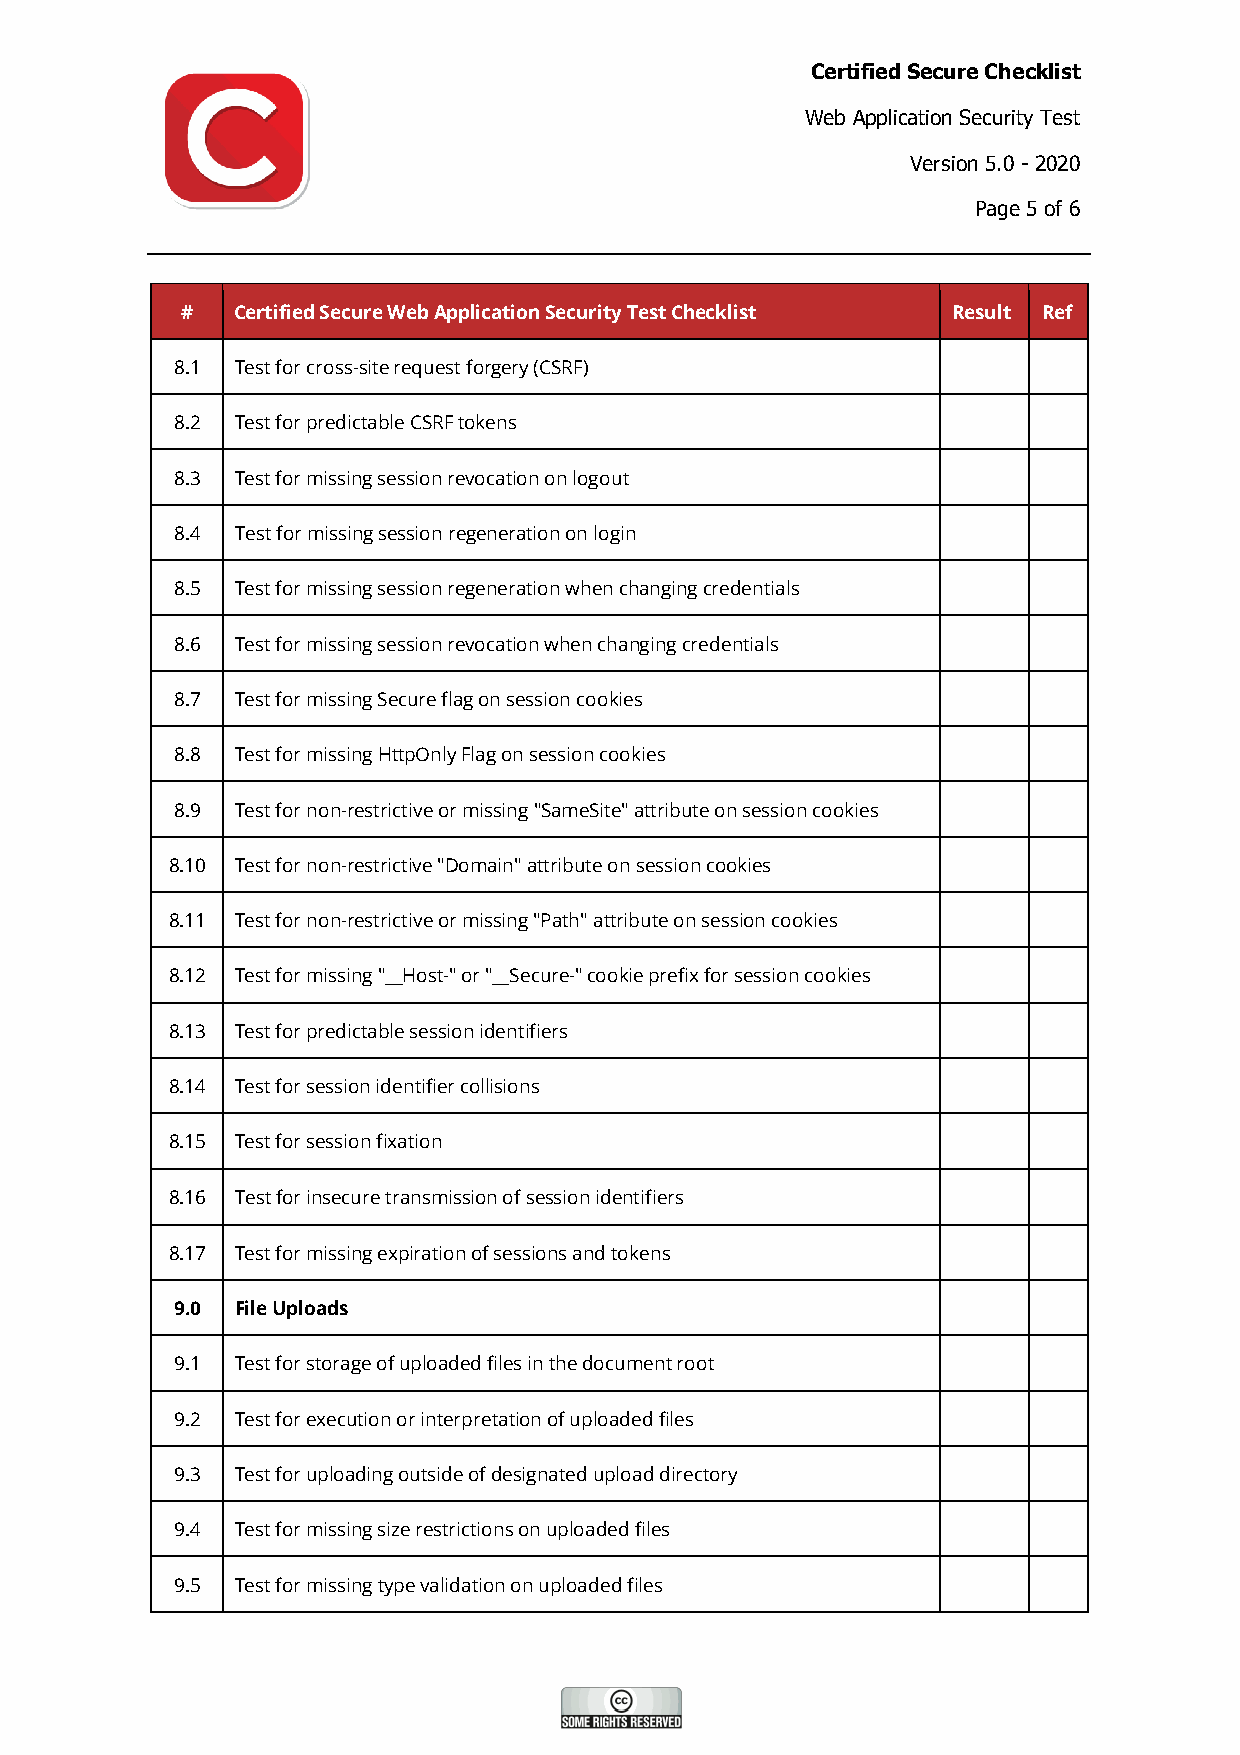
Certified Secure Checklist
 Web Application Security Test
 Version 5.0 - 2020
 Page 5 of 6
 #  Certified Secure Web Application Security Test Checklist Result Ref
 8.1 Test for cross-site request forgery (CSRF)
 8.2 Test for predictable CSRF tokens
 8.3 Test for missing session revocation on logout
 8.4 Test for missing session regeneration on login
 8.5 Test for missing session regeneration when changing credentials
 8.6 Test for missing session revocation when changing credentials
 8.7 Test for missing Secure flag on session cookies
 8.8 Test for missing HttpOnly Flag on session cookies
 8.9 Test for non-restrictive or missing "SameSite" attribute on session cookies
 8.10 Test for non-restrictive "Domain" attribute on session cookies
 8.11 Test for non-restrictive or missing "Path" attribute on session cookies
 8.12 Test for missing "__Host-" or "__Secure-" cookie prefix for session cookies
 8.13 Test for predictable session identifiers
 8.14 Test for session identifier collisions
 8.15 Test for session fixation
 8.16 Test for insecure transmission of session identifiers
 8.17 Test for missing expiration of sessions and tokens
 9.0 File Uploads
 9.1 Test for storage of uploaded files in the document root
 9.2 Test for execution or interpretation of uploaded files
 9.3 Test for uploading outside of designated upload directory
 9.4 Test for missing size restrictions on uploaded files
 9.5 Test for missing type validation on uploaded files